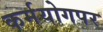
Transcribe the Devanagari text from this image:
कर्मयोगपर